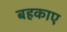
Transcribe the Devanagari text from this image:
बहकाए